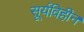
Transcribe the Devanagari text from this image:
सूर्यविहीन